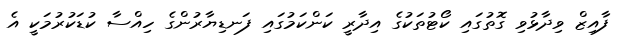
ފާއިޒް ވިދާޅުވި ގޮތުގައި ކޯޓުތަކުގެ އިދާރީ ކަންކަމުގައި ފަނޑިޔާރުންގެ ހިއްސާ ކުޑަކުރުމަކީ އެ